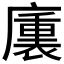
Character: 𭚁